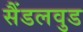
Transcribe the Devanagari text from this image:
सैंडलवुड